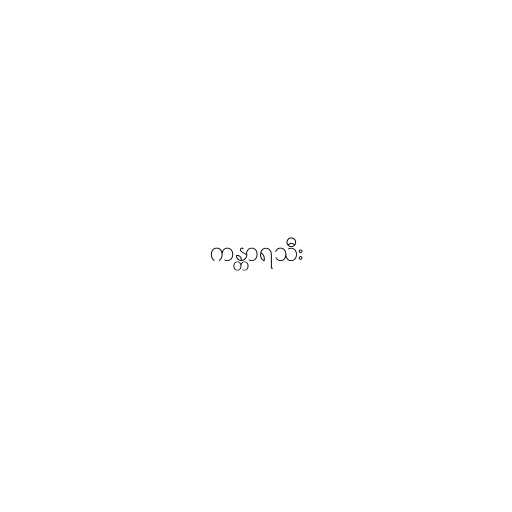
ကန္တာရသီး